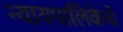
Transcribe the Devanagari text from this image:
न्यायपालिकेचे